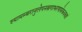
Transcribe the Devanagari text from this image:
श्यामम्बरानुलेपनस्रगाभरणामेकवक्त्रां